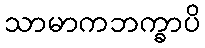
သာမာကဘက္ခာပိ